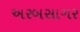
અરબસાગર